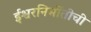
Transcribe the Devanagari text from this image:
ईश्वरनिर्मीतीची